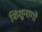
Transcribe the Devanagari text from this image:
शिशुनागों